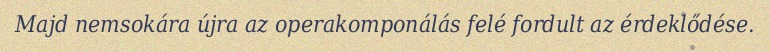
Majd nemsokára újra az operakomponálás felé fordult az érdeklődése.